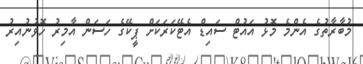
މުބާރާތުގެ އެންމެ މޮޅު އައުޓް ސައިޑް އެޓޭކަރަކަށް ޕީކޭގެ ހަސަން އާމިރު ހޮވުނުއިރު